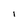
Character: I